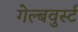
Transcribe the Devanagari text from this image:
गेल्बवुर्स्ट